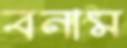
বনাম